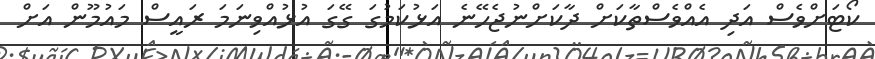
ކޯޓަށްވެސް އަދި އެއްވެސްތާކަށް ދާކަށްނުޖެހޭނެ އަޅުކަމުގަ ގޭގަ އުޅުއްވިނަމަ ރައީސް މައުމޫން އަށް